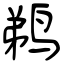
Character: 鹈